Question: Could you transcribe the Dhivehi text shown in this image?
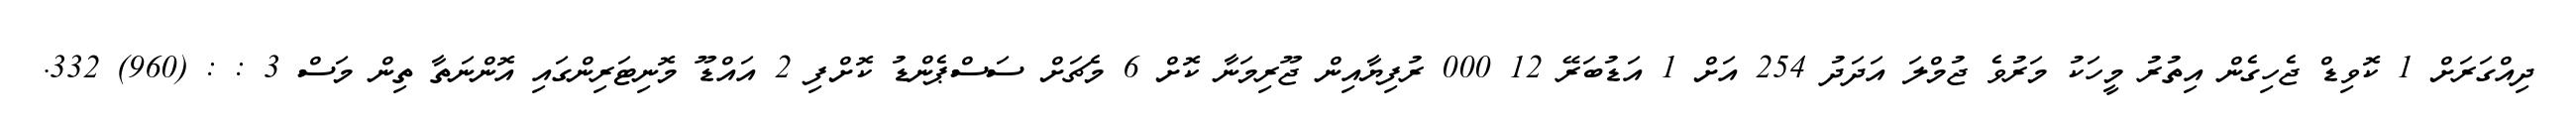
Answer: ދިއްގަރަށް 1 ކޮވިޑް ޖެހިގެން އިތުރު މީހަކު މަރުވެ ޖުމްލަ އަދަދު 254 އަށް 1 އަޑުބަރޭ 12 000 ރުފިޔާއިން ޖޫރިމަނާ ކޮށް 6 މެޗަށް ސަސްޕެންޑު ކޮށްފި 2 އައްޑޫ މޮނިޓަރިންގައި އޮންނަތާ ތިން މަސް 3 : : (960) 332.